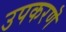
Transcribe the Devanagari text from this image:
उपकरणॆ